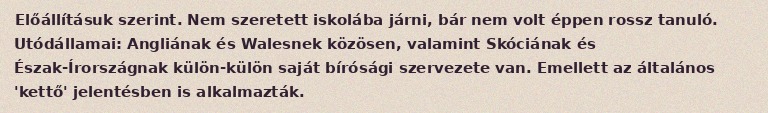
Előállításuk szerint. Nem szeretett iskolába járni, bár nem volt éppen rossz tanuló. Utódállamai: Angliának és Walesnek közösen, valamint Skóciának és Észak-Írországnak külön-külön saját bírósági szervezete van. Emellett az általános 'kettő' jelentésben is alkalmazták.